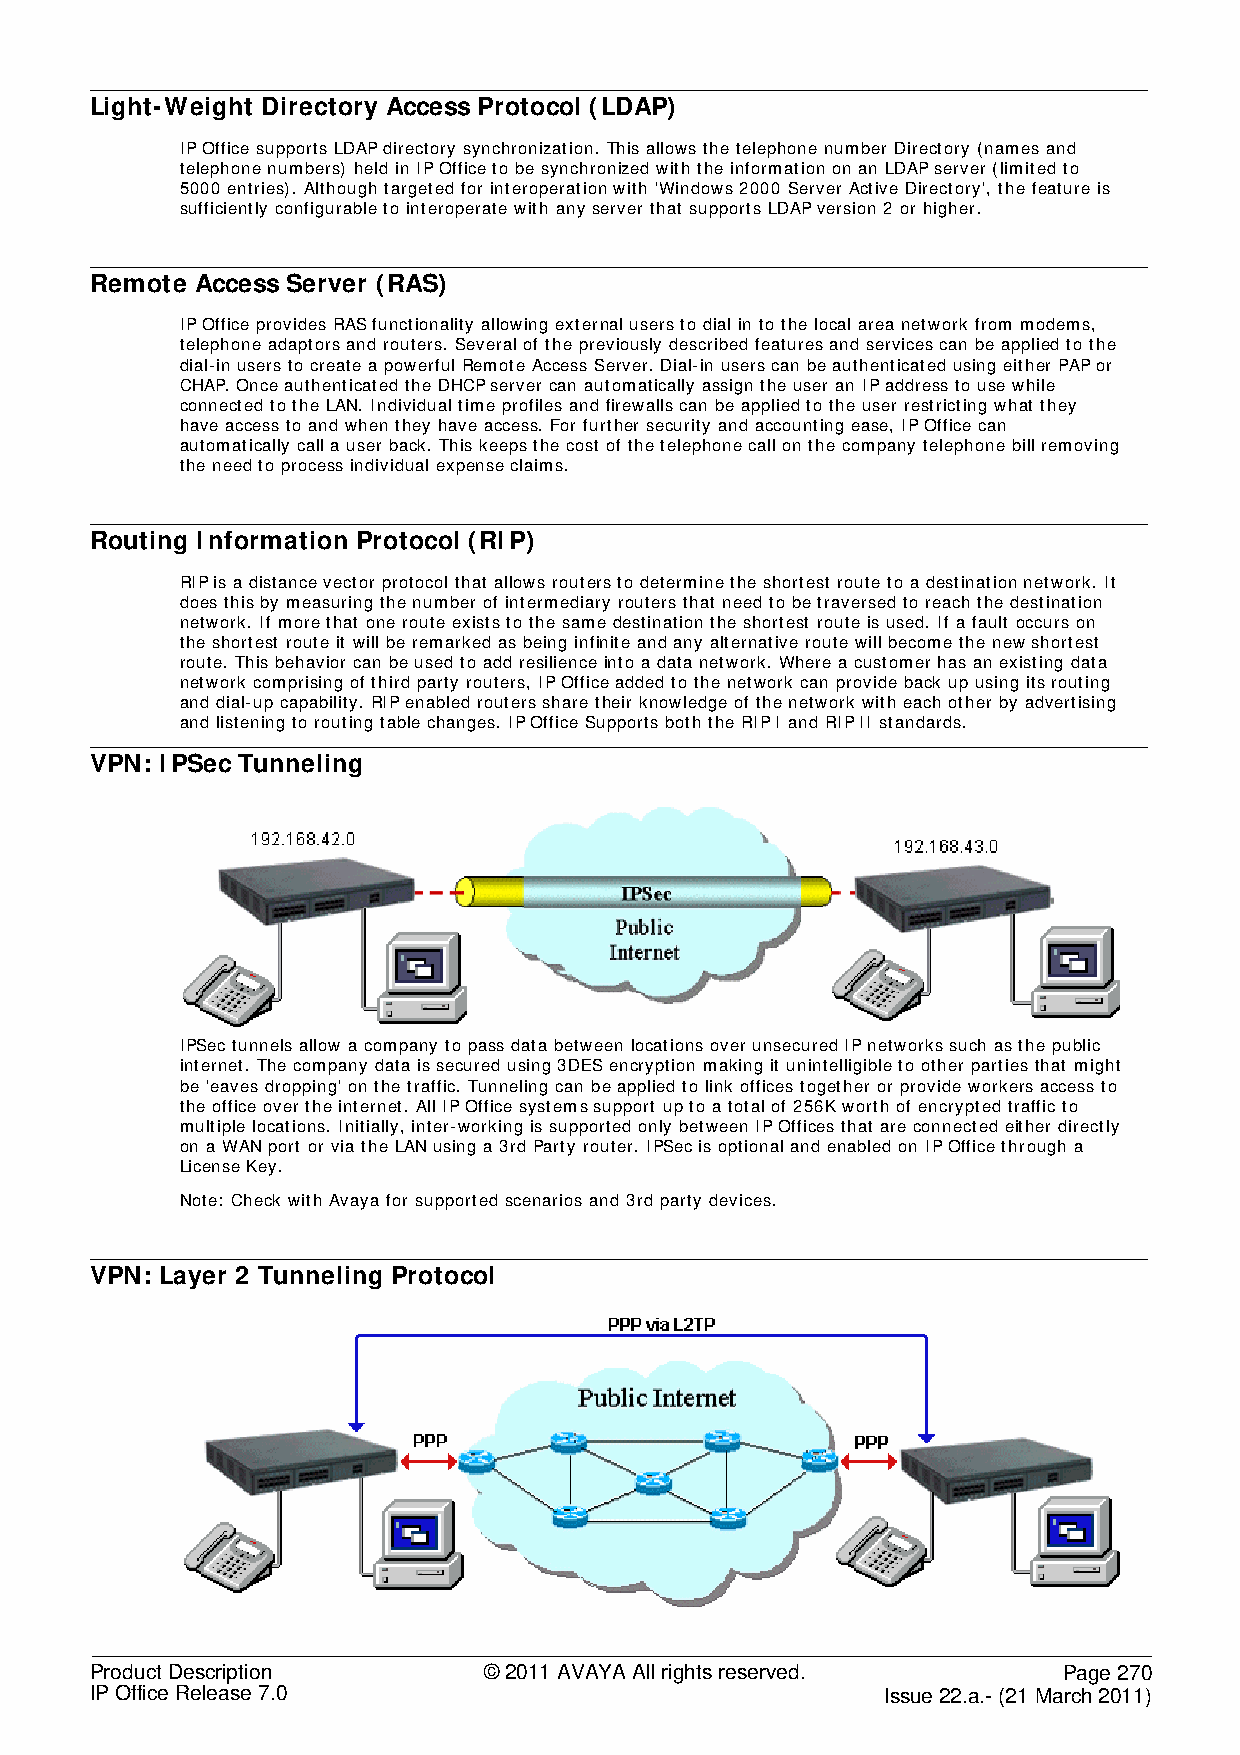
Light-Weight Directory Access Protocol (LDAP)
 IP Office supports LDAP directory synchronization. This allows the telephone number Directory (names and
 telephone numbers) held in IP Office to be synchronized with the information on an LDAP server (limited to
 5000 entries). Although targeted for interoperation with 'Windows 2000 Server Active Directory', the feature is
 sufficiently configurable to interoperate with any server that supports LDAP version 2 or higher.
 Remote Access Server (RAS)
 IP Office provides RAS functionality allowing external users to dial in to the local area network from modems,
 telephone adaptors and routers. Several of the previously described features and services can be applied to the
 dial-in users to create a powerful Remote Access Server. Dial-in users can be authenticated using either PAP or
 CHAP. Once authenticated the DHCP server can automatically assign the user an IP address to use while
 connected to the LAN. Individual time profiles and firewalls can be applied to the user restricting what they
 have access to and when they have access. For further security and accounting ease, IP Office can
 automatically call a user back. This keeps the cost of the telephone call on the company telephone bill removing
 the need to process individual expense claims.
 Routing Information Protocol (RIP)
 RIP is a distance vector protocol that allows routers to determine the shortest route to a destination network. It
 does this by measuring the number of intermediary routers that need to be traversed to reach the destination
 network. If more that one route exists to the same destination the shortest route is used. If a fault occurs on
 the shortest route it will be remarked as being infinite and any alternative route will become the new shortest
 route. This behavior can be used to add resilience into a data network. Where a customer has an existing data
 network comprising of third party routers, IP Office added to the network can provide back up using its routing
 and dial-up capability. RIP enabled routers share their knowledge of the network with each other by advertising
 and listening to routing table changes. IP Office Supports both the RIP I and RIP II standards.
 VPN: IPSec Tunneling
 IPSec tunnels allow a company to pass data between locations over unsecured IP networks such as the public
 internet. The company data is secured using 3DES encryption making it unintelligible to other parties that might
 be 'eaves dropping' on the traffic. Tunneling can be applied to link offices together or provide workers access to
 the office over the internet. All IP Office systems support up to a total of 256K worth of encrypted traffic to
 multiple locations. Initially, inter-working is supported only between IP Offices that are connected either directly
 on a WAN port or via the LAN using a 3rd Party router. IPSec is optional and enabled on IP Office through a
 License Key.
 Note: Check with Avaya for supported scenarios and 3rd party devices.
 VPN: Layer 2 Tunneling Protocol
 Product Description       © 2011 AVAYA All rights reserved.     Page 270
 IP Office Release 7.0                                Issue 22.a.- (21 March 2011)